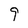
Character: 9